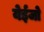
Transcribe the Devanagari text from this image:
येईजो